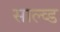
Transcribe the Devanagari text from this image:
साल्व्ड